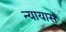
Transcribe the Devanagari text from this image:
न्यायास